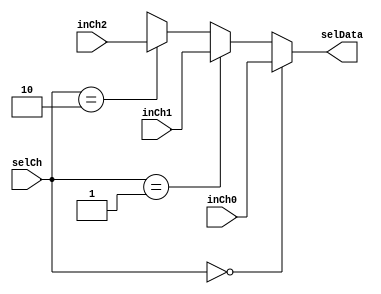
module mux3To1 (input [1:0]selCh, input [31:0] inCh0, input [31:0] inCh1, input [31:0] inCh2, output [31:0] selData);

	assign selData = selCh == 2'b00 ? inCh0 : 
                     	 selCh == 2'b01 ? inCh1 :
			 selCh == 2'b10 ? inCh2 : 32'bx;

endmodule

module mux3To1_5bits (input [1:0]selCh, input [4:0] inCh0, input [4:0] inCh1, input [4:0] inCh2, output [4:0] selData);

	assign selData = selCh == 2'b00 ? inCh0 : 
                     	 selCh == 2'b01 ? inCh1 :
			 selCh == 2'b10 ? inCh2 : 32'bx;

endmodule

module mux3To1Test;
reg [1:0]selCh; reg [31:0] inCh0; reg [31:0] inCh1; reg [31:0] inCh2; wire [31:0] selData;
initial
begin
$monitor("out of mux=%d",selData);
#10
inCh0=100;
inCh1=55;
inCh2=93;
selCh=0;
#10
selCh=1;
#10
selCh=2;
#10
selCh=3;
#10
inCh0=15555555;
selCh=0;
end

mux3To1 mux1 (selCh, inCh0, inCh1, inCh2, selData);
endmodule